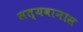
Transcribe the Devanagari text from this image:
सत्यवानास